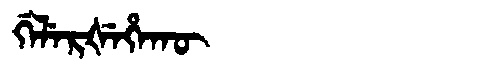
Manchu: ᡤᡝᠯᡝᡵᡧᡝᡥᠠᡴᡡ
Romanization: GELERŠEHAKŪ